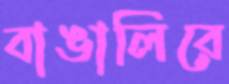
বাঙালিরে